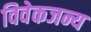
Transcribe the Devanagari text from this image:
विवेकजन्य